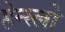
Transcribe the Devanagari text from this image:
हेन्स्लो